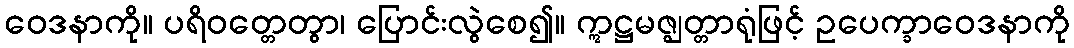
ဝေဒနာကို။ ပရိဝတ္တေတွာ၊ ပြောင်းလွဲစေ၍။ ဣဋ္ဌမဇ္ဈတ္တာရုံဖြင့် ဥပေက္ခာဝေဒနာကို